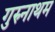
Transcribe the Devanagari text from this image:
गुरुनाथम